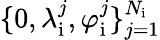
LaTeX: \{ 0,\lambda_{\mathrm{i}}^{j},\varphi_{\mathrm{i}}^{j}\} _{j=1}^{N_{\mathrm{i}}}